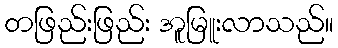
တဖြည်းဖြည်း အူမြူးလာသည်။